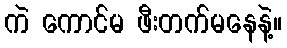
ကဲ ကောင်မ ဖီးတက်မနေနဲ့။